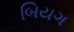
બિયગ